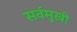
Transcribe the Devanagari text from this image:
सर्वमुखी